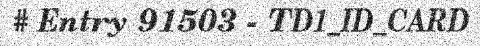
# Entry 91503 - TD1_ID_CARD